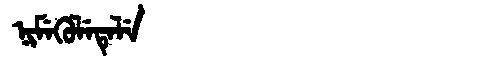
Manchu: ᠨᡳᠮᡝᡴᡠᠯᡝᡨᡝᠯᡝ
Romanization: NIMEKULETELE